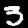
Label: 3